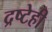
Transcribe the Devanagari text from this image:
द्रष्टेही